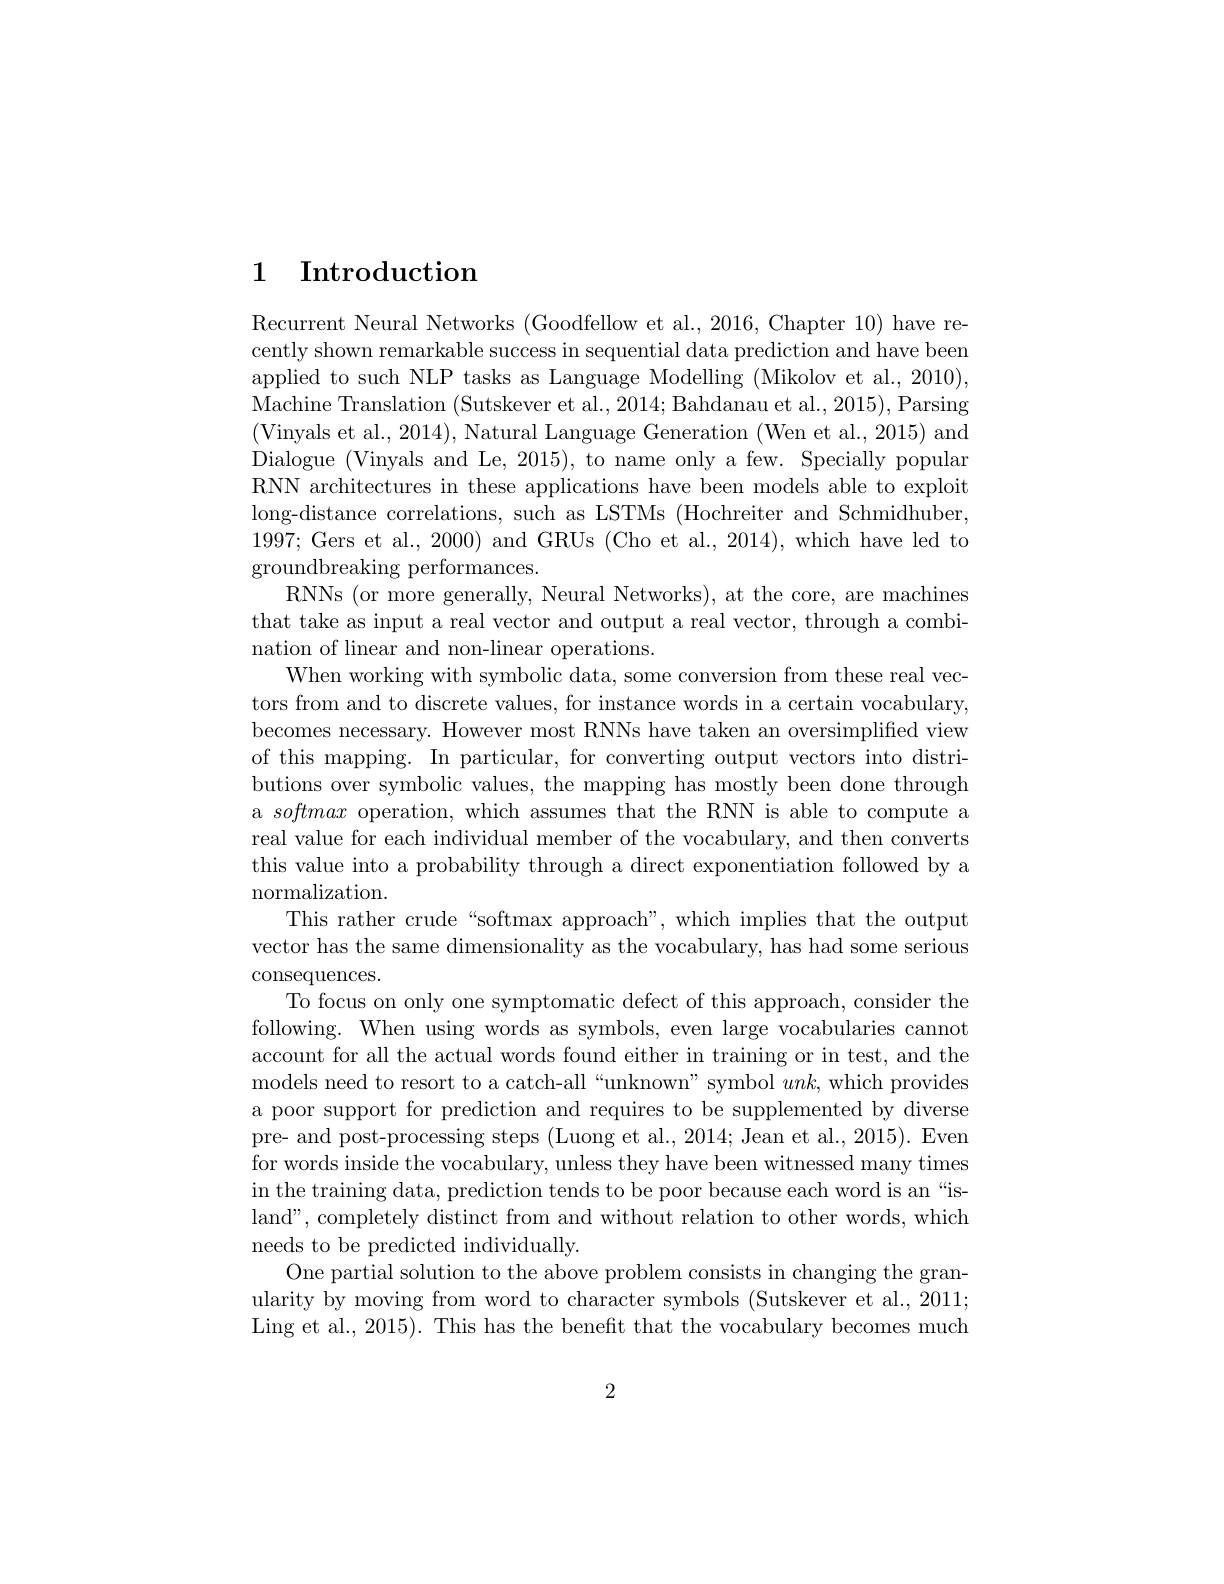
# 1 $\textbf{Introduction}$

Recurrent Neural Networks (Goodfellow et al., 2016, Chapter 10) have recently shown remarkable success in sequential data prediction and have been applied to such NLP tasks as Language Modelling (Mikolov et al., 2010) Machine Translation (Sutskever et al., 2014; Bahdanau et al., 2015), Parsing Dialogue (Vinyals and Le, 2015), to name only a few. Specially popular RNN architectures in these applications have been models able to exploit long-distance correlations, such as LSTMs (Hochreiter and Schmidhuber, 1997;Gers et al., 2000) and GRUs (Cho et al., 2014), which have led to groundbreaking performances.
RNNs (or more generally, Neural Networks), at the core, are machines that take as input a real vector and output a real vector, through a combination of linear and non-linear operations.
When working with symbolic data, some conversion from these real vectors from and to discrete values, for instance words in a certain vocabulary, becomes necessary. However most RNNs have taken an oversimplified view of this mapping. In particular, for converting output vectors into distributions over symbolic values, the mapping has mostly been done through a softmax operation, which assumes that the RNN is able to compute a real value for each individual member of the vocabulary, and then converts this value into a probability through a direct exponentiation followed by a ${\mathrm{normalization}}.$
This rather crude“softmax approach”, which implies that the output vector has the same dimensionality as the vocabulary, has had some serious consequences.
To focus on only one symptomatic defect of this approach, consider the following. When using words as symbols, even large vocabularies cannot account for all the actual words found either in training or in test, and the models need to resort to a catch-all“unknown” symbol $unk$, which provides a poor support for prediction and requires to be supplemented by diverse pre- and post-processing steps (Luong et al., 2014; Jean et al., 2015). Even for words inside the vocabulary, unless they have been witnessed many times in the training data, prediction tends to be poor because each word is an “island", completely distinct from and without relation to other words, which needs to be predicted individually.
One partial solution to the above problem consists in changing the granularity by moving from word to character symbols (Sutskever et al., 2011; Ling et al., 2015). This has the benefit that the vocabulary becomes much

2